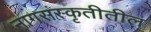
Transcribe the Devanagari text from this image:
नागसंस्कृतीतील